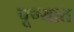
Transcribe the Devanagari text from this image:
पूण्यात